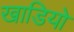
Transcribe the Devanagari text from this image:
खाडियो